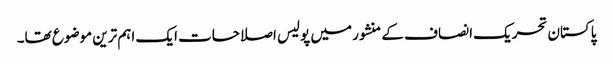
پاکستان تحریک انصاف کے منشور میں پولیس اصلاحات ایک اہم ترین موضوع تھا۔